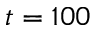
t = 1 0 0